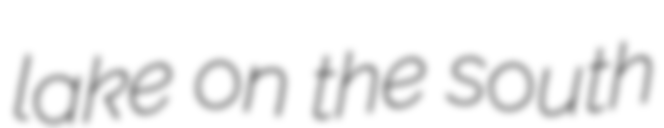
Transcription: lake on the south